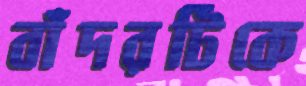
বাঁদরটিকে